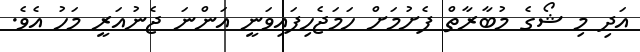
އަދި މި ޝޯގެ މުބާރާތް ފެށުމަށް ހަމަޖެހިފައިވަނީ އަންނަ ޖެނުއަރީ މަހު އެވެ.